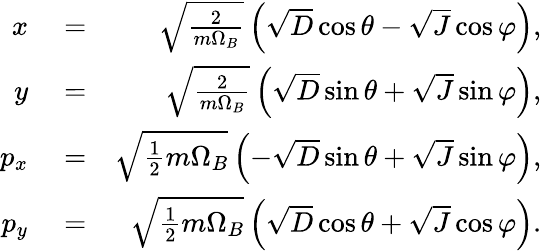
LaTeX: \begin{array}{rlr}{x}&{{}=}&{\sqrt{\frac{2}{m\Omega_{B}}}\left(\sqrt{D}\cos\theta-\sqrt{J}\cos\varphi\right),}\\ {y}&{{}=}&{\sqrt{\frac{2}{m\Omega_{B}}}\left(\sqrt{D}\sin\theta+\sqrt{J}\sin\varphi\right),}\\ {p_{x}}&{{}=}&{\sqrt{\frac{1}{2}m\Omega_{B}}\left(-\sqrt{D}\sin\theta+\sqrt{J}\sin\varphi\right),}\\ {p_{y}}&{{}=}&{\sqrt{\frac{1}{2}m\Omega_{B}}\left(\sqrt{D}\cos\theta+\sqrt{J}\cos\varphi\right).}\end{array}